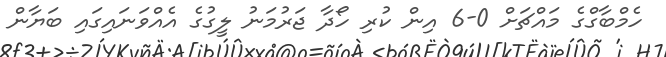
ހެމްބާގްގެ މައްޗަށް 0-6 އިން ކުރި ހޯދާ ޖަރުމަނު ލީގުގެ އެއްވަނައިގައި ބަޔާން